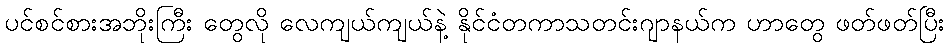
ပင်စင်စားအဘိုးကြီး တွေလို လေကျယ်ကျယ်နဲ့ နိုင်ငံတကာသတင်းဂျာနယ်က ဟာတွေ ဖတ်ဖတ်ပြီး